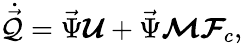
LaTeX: \dot{\vec{\mathcal{Q}}}=\vec{\Psi}\boldsymbol{\mathcal U}+\vec{\Psi}\boldsymbol{\mathcal{M}}\boldsymbol{\mathcal F}_{c},